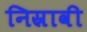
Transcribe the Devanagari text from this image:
निस्रावी